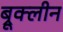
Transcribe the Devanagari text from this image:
ब्रूक्लीन